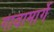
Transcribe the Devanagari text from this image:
गावामार्गे